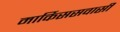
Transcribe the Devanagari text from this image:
मार्किससवासी